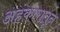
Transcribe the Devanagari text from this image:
अहंकारातून